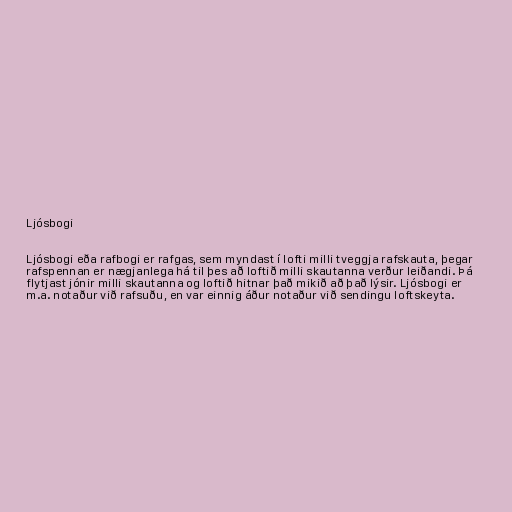
Ljósbogi

Ljósbogi eða rafbogi er rafgas, sem myndast í lofti milli tveggja rafskauta, þegar
rafspennan er nægjanlega há til þes að loftið milli skautanna verður leiðandi. Þá
flytjast jónir milli skautanna og loftið hitnar það mikið að það lýsir. Ljósbogi er
m.a. notaður við rafsuðu, en var einnig áður notaður við sendingu loftskeyta.